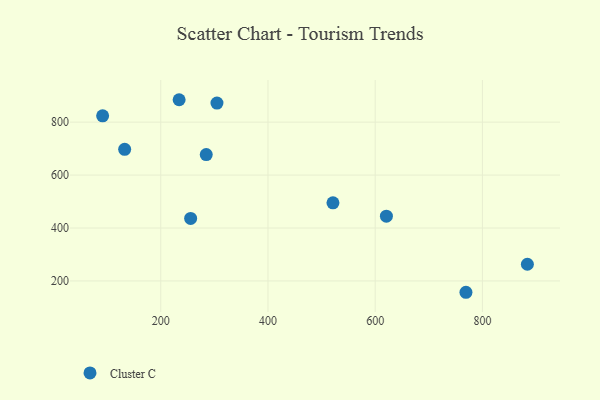
{"axis": {"x": "Experience", "y": "Exam Score"}, "legend": ["Cluster C"], "data": [{"x": "132.6", "y": 697.2, "type": "Cluster C"}, {"x": "234.2", "y": 884.7, "type": "Cluster C"}, {"x": "284.8", "y": 677.3, "type": "Cluster C"}, {"x": "620.9", "y": 444.6, "type": "Cluster C"}, {"x": "883.9", "y": 263.0, "type": "Cluster C"}, {"x": "304.8", "y": 872.1, "type": "Cluster C"}, {"x": "521.2", "y": 495.0, "type": "Cluster C"}, {"x": "769.3", "y": 157.2, "type": "Cluster C"}, {"x": "91.5", "y": 823.7, "type": "Cluster C"}, {"x": "255.7", "y": 436.1, "type": "Cluster C"}]}